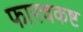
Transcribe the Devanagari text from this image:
फारचकष्ट